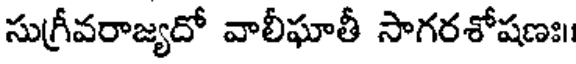
సుగ్రీవరాజ్యదో వాలీఘాతీ సాగరశోషణః।